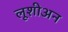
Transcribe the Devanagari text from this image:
लूशीअन